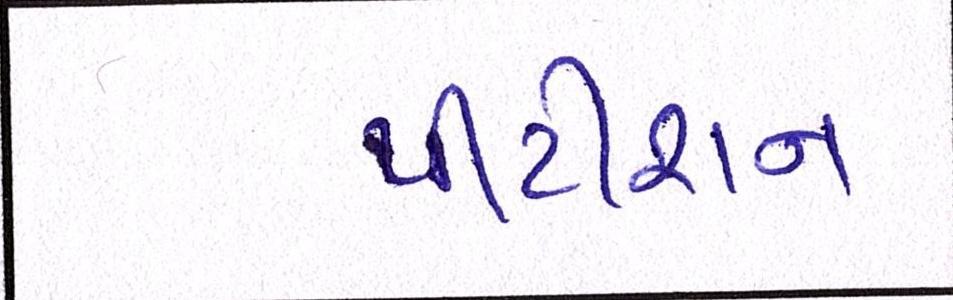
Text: પીટીશન